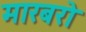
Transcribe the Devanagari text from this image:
मारबरो